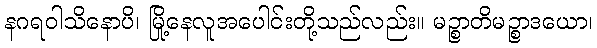
နဂရဝါသိနောပိ၊ မြို့နေလူအပေါင်းတို့သည်လည်း။ မဉ္စာတိမဉ္စာဒယော၊